Scottish Leaving Certificate Examination, 1958
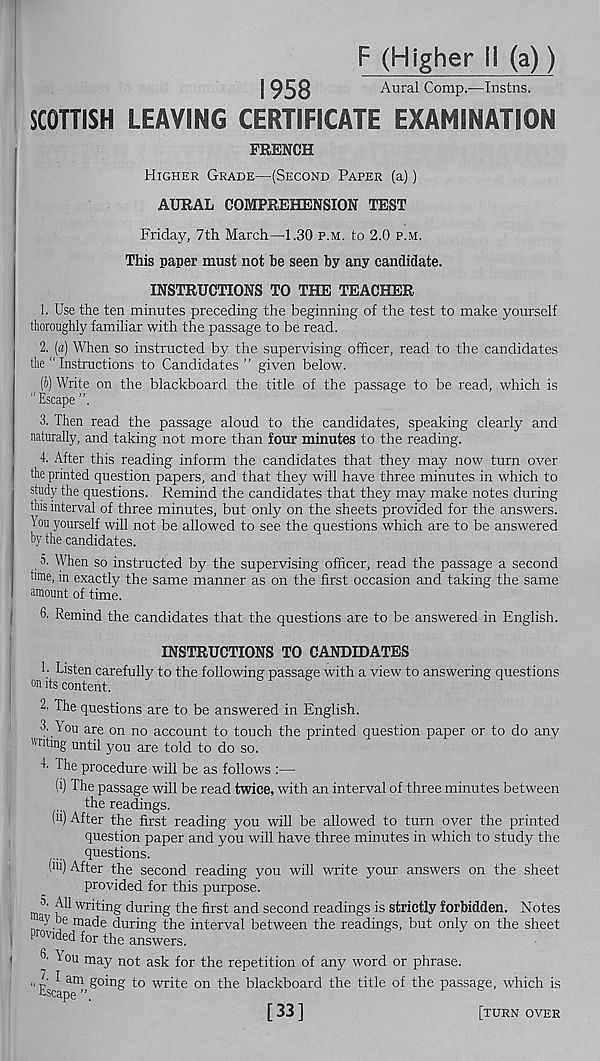
F (Higher ii (a))
1958
Aural Comp.—Instns.
SCOTTISH LEAVING CERTIFICATE EXAMINATION
FRENCH
Higher Grade—(Second Paper (a))
AURAL COMPREHENSION TEST
Friday, 7th March—1.30 p.m. to 2.0 p.m.
This paper must not be seen by any candidate.
INSTRUCTIONS TO THE TEACHER
1. Use the ten minutes preceding the beginning of the test to make yourself
thoroughly familiar with the passage to be read.
2. (a) When so instructed by the supervising officer, read to the candidates
the " Instructions to Candidates” given below.
(b) Write on the blackboard the title of the passage to be read, which is
"Escape
3. Then read the passage aloud to the candidates, speaking clearly and
naturally, and taking not more than four minutes to the reading.
4. After this reading inform the candidates that they may now turn over
the printed question papers, and that they will have three minutes in which to
study the questions. Remind the candidates that they may make notes during
this interval of three minutes, but only on the sheets provided for the answers,
lou yourself will not be allowed to see the questions which are to be answered
by the candidates.
а. When so instructed by the supervising officer, read the passage a second
time, in exactly the same manner as on the first occasion and taking the same
amount of time.
б. Remind the candidates that the questions are to be answered in English.
INSTRUCTIONS TO CANDIDATES
1; Listen carefully to the following passage with a view to answering questions
its content.
2. The questions are to be answered in English.
3. Tou are on no account to touch the printed question paper or to do any
writing until you are told to do so.
4. The procedure will be as follows :—
(i) The passage will be read twice, with an interval of three minutes between
the readings.
(ii) After the first reading you will be allowed to turn over the printed
question paper and you will have three minutes in which to study the
questions.
l m ) After the second reading you will write your answers on the sheet
provided for this purpose.
^3. AH writing during the first and second readings is strictly forbidden. Notes
a l' be made during the interval between the readings, but only on the sheet
Provided for the answers.
^ ou may not ask for the repetition of any word or phrase.
" Esca ^
wr^e on
blackboard the title of the passage, which is
[33]
[turn over